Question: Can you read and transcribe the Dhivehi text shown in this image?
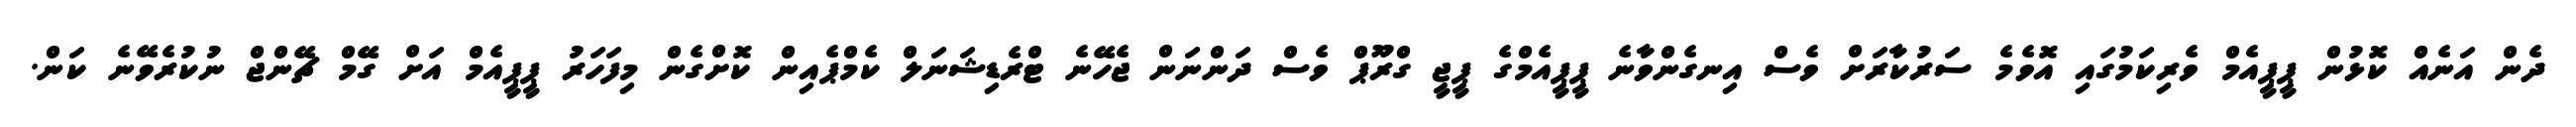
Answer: ދެން އަނެއް ކޮޅުން ޕީޕީއެމް ވެރިކަމުގައި އޮވެމެ ސަރުކާރަށް ވެސް އިނގެންވާނެ ޕީޕީއެމްގެ ޕީޖީ ގްރޫޕް ވެސް ދަންނަން ޖެހޭނެ ޓްރެޑިޝަނަލް ކެމްޕެއިން ކޮށްގެން މިފަހަރު ޕީޕީއެމް އަށް ގޭމް ޗޭންޖް ނުކުރެވޭނެ ކަން.